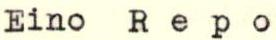
Eino Repo